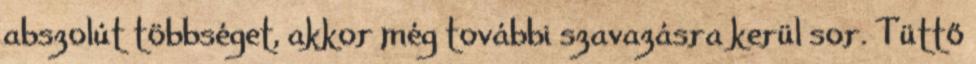
abszolút többséget, akkor még további szavazásra kerül sor. Tüttő